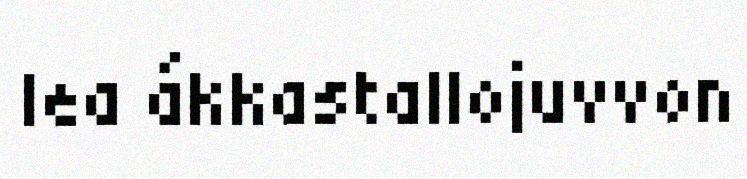
lea ákkastallojuvvon